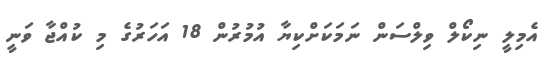
އެމިލީ ނިކޯލް ވިލްސަން ނަމަކަށްކިޔާ އުމުރުން 18 އަހަރުގެ މި ކުއްޖާ ވަނީ